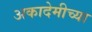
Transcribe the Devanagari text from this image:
अकादेमीच्या